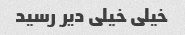
خیلی خیلی دیر رسید